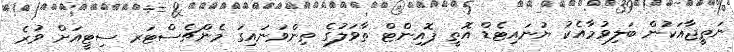
ނަތީޖާއަކުން ބަލިވުމާއެކު ޔުނައިޓެޑް އޮތީ ޕޮއިންޓް ތާވަލުގެ ތިންވަނައިގަ މެންޗެސްޓަރ ސިޓީއަށް ވުރެ